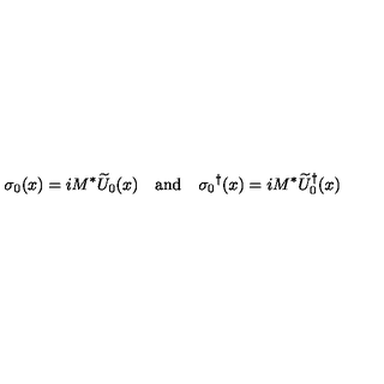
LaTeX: \sigma _ { 0 } ( x ) = i M ^ { * } \widetilde { U } _ { 0 } ( x ) \quad \mathrm { a n d } \quad { \sigma _ { 0 } } ^ { \dagger } ( x ) = i M ^ { * } { \widetilde { U } _ { 0 } } ^ { \dagger } ( x )